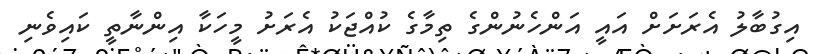
އިގުބާލު އެރަށަށް އައީ އަންހެނުންގެ ތިމާގެ ކުއްޖަކު އެރަށު މީހަކާ އިންނާތީ ކައިވެނި